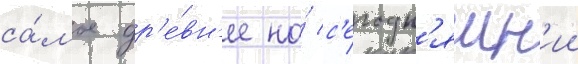
са́мое др'е́вн'ее на́ с'егодн'яшн'ии